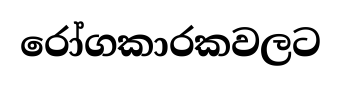
රෝගකාරකවලට